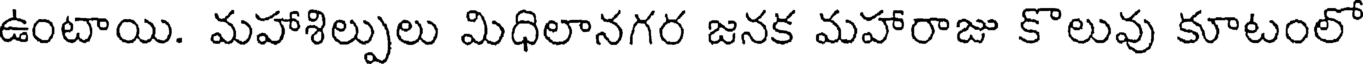
ఉంటాయి. మహాశిల్పులు మిధిలానగర జనక మహారాజు కొలువు కూటంలో